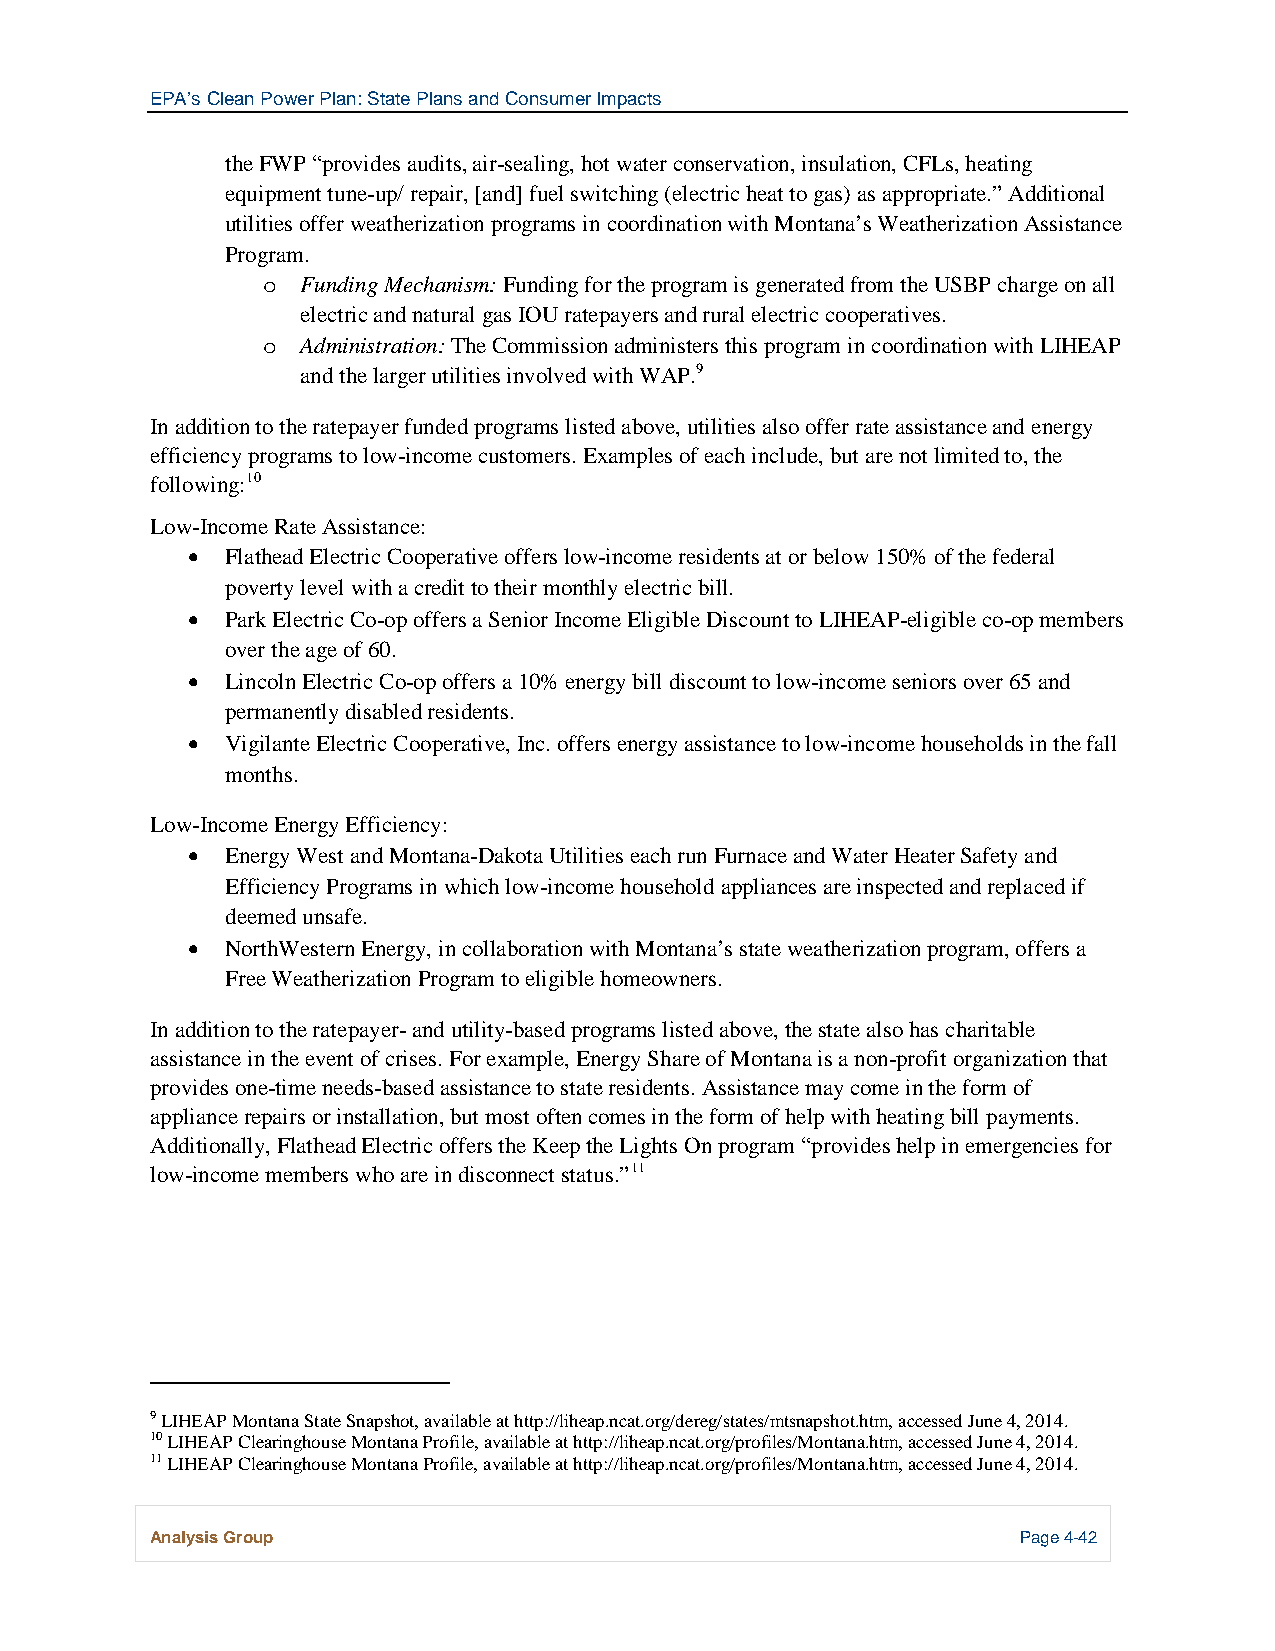
EPA’s Clean Power Plan: State Plans and Consumer Impacts
 the FWP “provides audits, air-sealing, hot water conservation, insulation, CFLs, heating
 equipment tune-up/ repair, [and] fuel switching (electric heat to gas) as appropriate.” Additional
 utilities offer weatherization programs in coordination with Montana’s Weatherization Assistance
 Program.
 Funding Mechanism: Funding for the program is generated from the USBP charge on all
 o
 electric and natural gas IOU ratepayers and rural electric cooperatives.
 Administration: The Commission administers this program in coordination with LIHEAP
 o
 and the larger utilities involved with WAP.9
 In addition to the ratepayer funded programs listed above, utilities also offer rate assistance and energy
 efficiency programs to low-income customers. Examples of each include, but are not limited to, the
 following:10
 Low-Income Rate Assistance:
 •  Flathead Electric Cooperative offers low-income residents at or below 150% of the federal
 poverty level with a credit to their monthly electric bill.
 •  Park Electric Co-op offers a Senior Income Eligible Discount to LIHEAP-eligible co-op members
 over the age of 60.
 •  Lincoln Electric Co-op offers a 10% energy bill discount to low-income seniors over 65 and
 permanently disabled residents.
 •  Vigilante Electric Cooperative, Inc. offers energy assistance to low-income households in the fall
 months.
 Low-Income Energy Efficiency:
 •  Energy West and Montana-Dakota Utilities each run Furnace and Water Heater Safety and
 Efficiency Programs in which low-income household appliances are inspected and replaced if
 deemed unsafe.
 •  NorthWestern Energy, in collaboration with Montana’s state weatherization program, offers a
 Free Weatherization Program to eligible homeowners.
 In addition to the ratepayer- and utility-based programs listed above, the state also has charitable
 assistance in the event of crises. For example, Energy Share of Montana is a non-profit organization that
 provides one-time needs-based assistance to state residents. Assistance may come in the form of
 appliance repairs or installation, but most often comes in the form of help with heating bill payments.
 Additionally, Flathead Electric offers the Keep the Lights On program “provides help in emergencies for
 low-income members who are in disconnect status.”11
 9 LIHEAP Montana State Snapshot, available at http://liheap.ncat.org/dereg/states/mtsnapshot.htm, accessed June 4, 2014.
 10 LIHEAP Clearinghouse Montana Profile, available at http://liheap.ncat.org/profiles/Montana.htm, accessed June 4, 2014.
 11 LIHEAP Clearinghouse Montana Profile, available at http://liheap.ncat.org/profiles/Montana.htm, accessed June 4, 2014.
 Analysis Group                                            Page 4-42